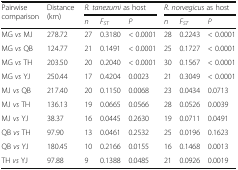
| <ROWSPAN=2> Pairwise comparison | <ROWSPAN=2> Distance (km) | <COLSPAN=3> R. tanezumi as host | <COLSPAN=3> R. norvegicus as host |
 | n | FST | P | n | FST | P |
 | --- | --- | --- | --- | --- | --- | --- | --- |
 | MG vs MJ | 278.72 | 27 | 0.3180 | < 0.0001 | 28 | 0.2243 | < 0.0001 |
 | MG vs QB | 124.77 | 21 | 0.1491 | < 0.0001 | 25 | 0.1727 | < 0.0001 |
 | MG vs TH | 203.50 | 20 | 0.2040 | < 0.0001 | 30 | 0.1567 | < 0.0001 |
 | MG vs YJ | 250.44 | 17 | 0.4204 | 0.0023 | 21 | 0.3049 | < 0.0001 |
 | MJ vs QB | 217.40 | 20 | 0.1150 | 0.0068 | 23 | 0.0434 | 0.0713 |
 | MJ vs TH | 136.13 | 19 | 0.0665 | 0.0566 | 28 | 0.0526 | 0.0039 |
 | MJ vs YJ | 38.37 | 16 | 0.0445 | 0.2630 | 19 | 0.0711 | 0.0491 |
 | QB vs TH | 97.90 | 13 | 0.0461 | 0.2532 | 25 | 0.0196 | 0.1623 |
 | QB vs YJ | 180.45 | 10 | 0.2166 | 0.0155 | 16 | 0.1468 | 0.0013 |
 | TH vs YJ | 97.88 | 9 | 0.1388 | 0.0485 | 21 | 0.0926 | 0.0019 |